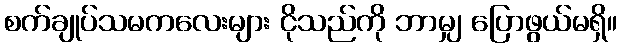
စက်ချုပ်သမကလေးများ ငိုသည်ကို ဘာမျှ ပြောဖွယ်မရှိ။